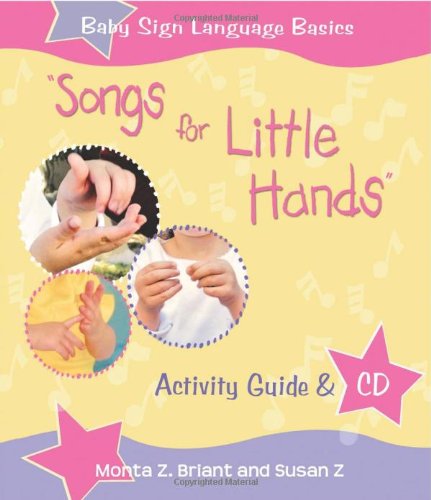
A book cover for "Songs For Little Hands": Activity Guide & CD (Baby Sign Language Basics); Monta Z. Briant; Reference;